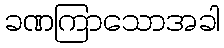
ခဏကြာသောအခါ